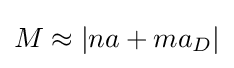
M\approx |na+ma_{D}|